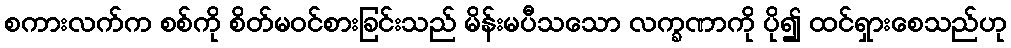
စကားလက်က စစ်ကို စိတ်မဝင်စားခြင်းသည် မိန်းမပီသသော လက္ခဏာကို ပို၍ ထင်ရှားစေသည်ဟု